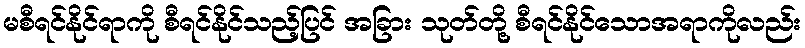
မစီရင်နိုင်ရာကို စီရင်နိုင်သည့်ပြင် အခြား သုတ်တို့ စီရင်နိုင်သောအရာကိုလည်း